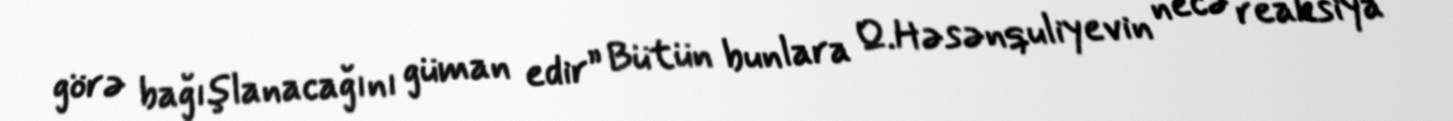
görə bağışlanacağını güman edir” Bütün bunlara Q.Həsənquliyevin necə reaksiya